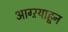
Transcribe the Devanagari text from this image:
आग्ऱयाहून